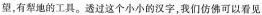
望，有犁地的工具。透过这个小小的汉字，我们仿佛可以看见